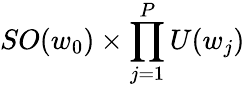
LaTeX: SO(w_{0})\times\prod_{j=1}^{P}U(w_{j})